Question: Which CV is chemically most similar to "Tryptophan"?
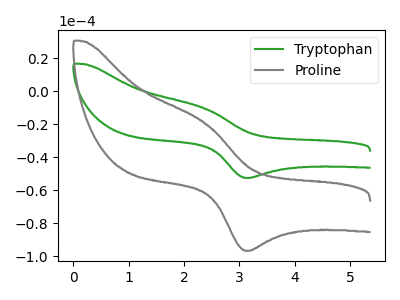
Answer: <think>The green curve "Tryptophan" has an anodic peak at (2.35V, -10.20uA) and a cathodic peak at (3.15V, -52.55uA). The gray curve "Proline" has an anodic peak at (2.35V, -18.80uA) and a cathodic peak at (3.15V, -96.65uA).
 All the peaks in "Tryptophan" have a peak in "Proline" at the same potential.</think>
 <answer>The CV with the most similar shape to "Proline" is "Tryptophan".</answer>
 <eval>"Tryptophan"</eval>